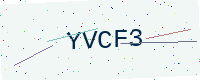
Text: YVCF3